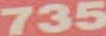
735